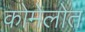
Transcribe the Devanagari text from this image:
कोमेलोत